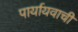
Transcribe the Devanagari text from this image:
पार्यायवाची